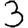
Digit: 3